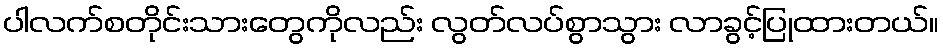
ပါလက်စတိုင်းသားတွေကိုလည်း လွတ်လပ်စွာသွား လာခွင့်ပြုထားတယ်။